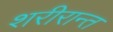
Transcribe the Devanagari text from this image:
शरीरान्त